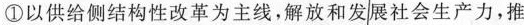
①以供给侧结构性改革为主线，解放和发展社会生产力，推